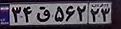
۳۴ق۵۶۲۲۳